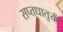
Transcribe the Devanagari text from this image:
सप्‍तधातुयें